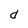
Character: d